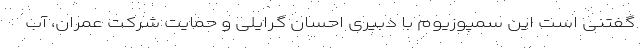
گفتنی است این سمپوزیوم با دبیری احسان گرایلی و حمایت شرکت عمران، آب